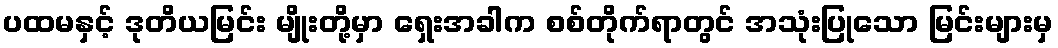
ပထမနှင့် ဒုတိယမြင်း မျိုးတို့မှာ ရှေးအခါက စစ်တိုက်ရာတွင် အသုံးပြုသော မြင်းများမှ